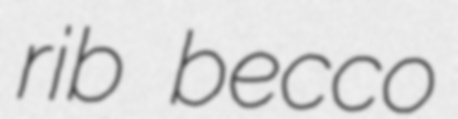
rib becco